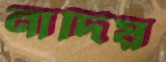
নাদিয়